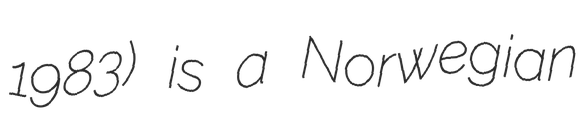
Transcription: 1983) is a Norwegian